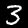
Digit: 3